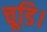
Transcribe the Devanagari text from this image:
चूडि।